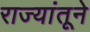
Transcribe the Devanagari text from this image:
राज्यांतूने